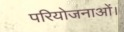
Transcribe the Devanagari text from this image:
परियोजनाओं।